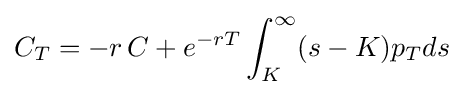
C_{T}=-r\,C+e^{-rT}\int _{K}^{\infty }(s-K)p_{T}ds